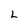
Character: L